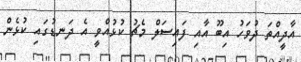
އާދީއްތަ ދުވަހު އިބޫ އާއި ފައިސަލް މެޗު ކުޅުއްވީ އެ ދަނޑުގައި ކުޅެން